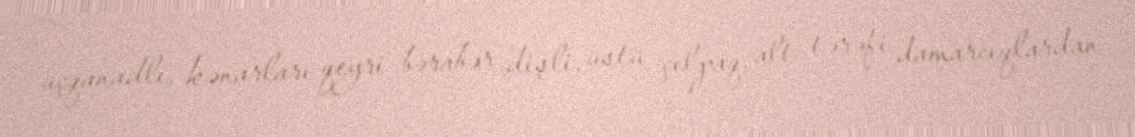
üçqanadlı, kənarları qeyri-bərabər dişli, üstü çılpaq, alt tərəfi damarcıqlardan